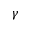
\gamma